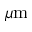
\mu \mathrm { m }